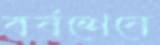
বর্ষশেষে